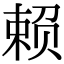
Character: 赖